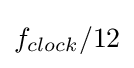
f_{clock}/12